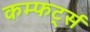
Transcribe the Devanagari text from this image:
कम्फर्ट्स